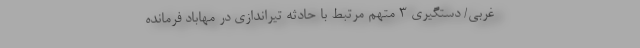
‌غربی/ دستگیری ۳ متهم مرتبط با حادثه تیراندازی در مهاباد فرمانده